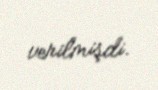
verilmişdi.